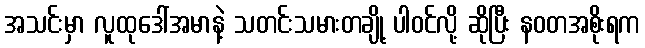
အသင်းမှာ လူထုဒေါ်အမာနဲ့ သတင်းသမားတချို့ ပါဝင်လို့ ဆိုပြီး နဝတအစိုးရက